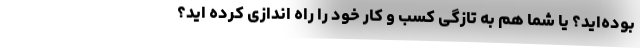
بوده‌اید؟ یا شما هم به تازگی کسب و کار خود را راه اندازی کرده اید؟